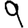
Digit: 9